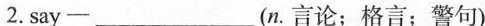
2.say—___(n。言论；格言；警句)